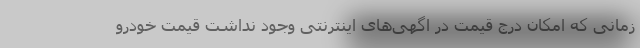
زمانی که امکان درج قیمت در اگهی‌های اینترنتی وجود نداشت قیمت خودرو